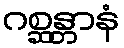
ဂစ္ဆန္တာနံ